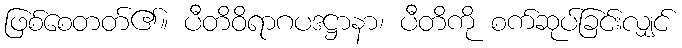
ဖြစ်စေတတ်၏။ ပီတိဝိရာဂပဒဋ္ဌာနာ၊ ပီတိကို စက်ဆုပ်ခြင်းလျှင်